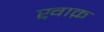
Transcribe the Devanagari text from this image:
ख़ाक़